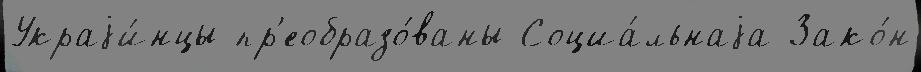
Украjи́нцы пр'еобразо́ваны Социа́льнаjа Зако́н